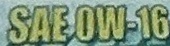
SAE OW-16